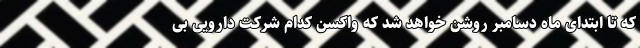
که تا ابتدای ماه دسامبر روشن خواهد شد که واکسن کدام شرکت دارویی بی